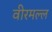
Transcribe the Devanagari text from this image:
वीरमल्ल